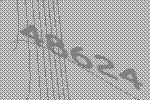
48624